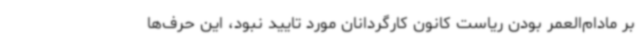
بر مادام‌العمر بودن ریاست کانون کارگردانان مورد تایید نبود، این حرف‌ها